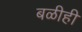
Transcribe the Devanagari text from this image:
बळीही